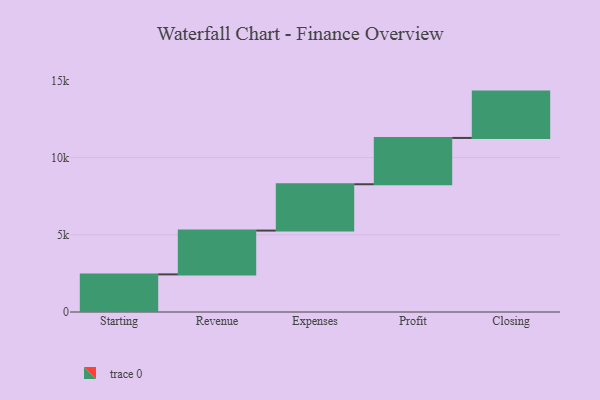
{"axis": {"x": "Step", "y": "Value"}, "legend": [""], "data": [{"x": "Starting", "y": 2436.0, "type": ""}, {"x": "Revenue", "y": 2837.0, "type": ""}, {"x": "Expenses", "y": 3000, "type": ""}, {"x": "Profit", "y": 3000, "type": ""}, {"x": "Closing", "y": 3000, "type": ""}]}